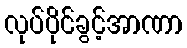
လုပ်ပိုင်ခွင့်အာဏာ